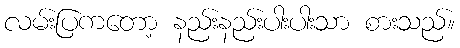
လမ်းပြကတော့ နည်းနည်းပါးပါးသာ စားသည်။